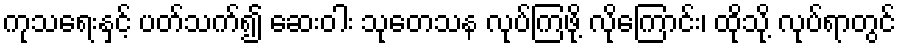
ကုသရေးနှင့် ပတ်သက်၍ ဆေးဝါး သုတေသန လုပ်ကြဖို့ လိုကြောင်း၊ ထိုသို့ လုပ်ရာတွင်